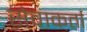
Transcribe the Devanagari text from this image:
सेवाकर्ता